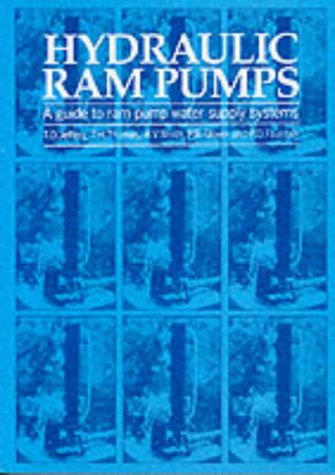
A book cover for Hydraulic Ram Pumps: A Guide to Ram Pump Water Supply Systems; T.D. Jeffrey; Science & Math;